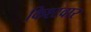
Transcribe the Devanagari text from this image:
किश्टवार